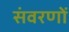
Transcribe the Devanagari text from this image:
संवरणों